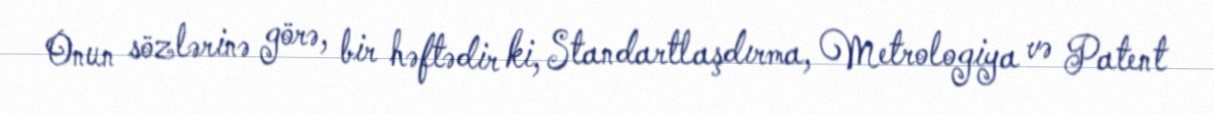
Onun sözlərinə görə, bir həftədir ki, Standartlaşdırma, Metrologiya və Patent